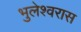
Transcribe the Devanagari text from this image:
भुलेश्वरास